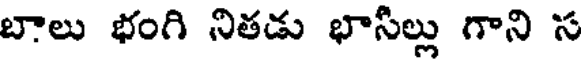
బాలు భంగి నితడు భాసిల్లు గాని స